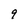
Character: 9